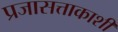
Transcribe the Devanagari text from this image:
प्रजासत्ताकाशी